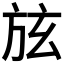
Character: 𣃡